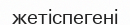
жетіспегені